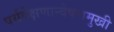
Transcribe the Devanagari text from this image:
पर्यवेक्षणान्वेषणमुखी